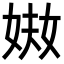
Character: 𡝈